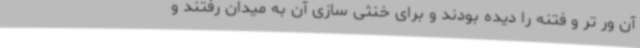
آن ور تر و فتنه را دیده بودند و برای خنثی سازی آن به میدان رفتند و